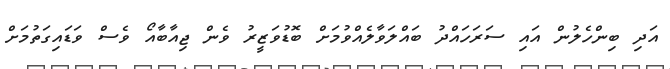
އަދި ބިންހެލުން އައި ސަރަހައްދު ބައްލަވާލެއްވުމަށް ބޮޑުވަޒީރު ވެން ޖިއާބާއޯ ވެސް ވަޑައިގަތުމަށް